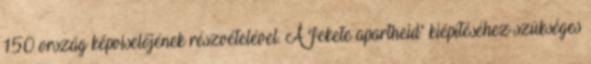
150 ország képviselőjének részvételével. A "fekete apartheid" kiépítéséhez szükséges